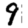
Digit: 9